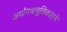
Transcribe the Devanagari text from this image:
अर्धांगवायुविकाराने